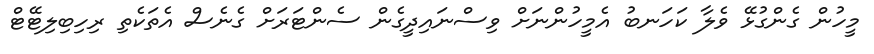
މީހުން ގެންގުޅޭ ވެލާ ކަހަނބު އެމީހުންނަށް ވިސްނައިދީގެން ސެންޓަރަށް ގެނެސް އެތަކެތި ރިހިބިލިޓޭޓް